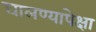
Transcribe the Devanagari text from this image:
घालण्यापेक्षा